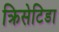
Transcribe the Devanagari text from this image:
क्रिसेटिडा